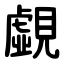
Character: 覷